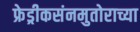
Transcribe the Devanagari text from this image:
फ्रेड्रीकसंनमुतोराच्या